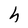
Character: h